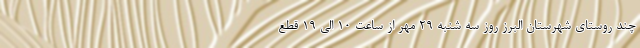
چند روستای شهرستان البرز روز سه شنبه ۲۹ مهر از ساعت 10 الی 19 قطع